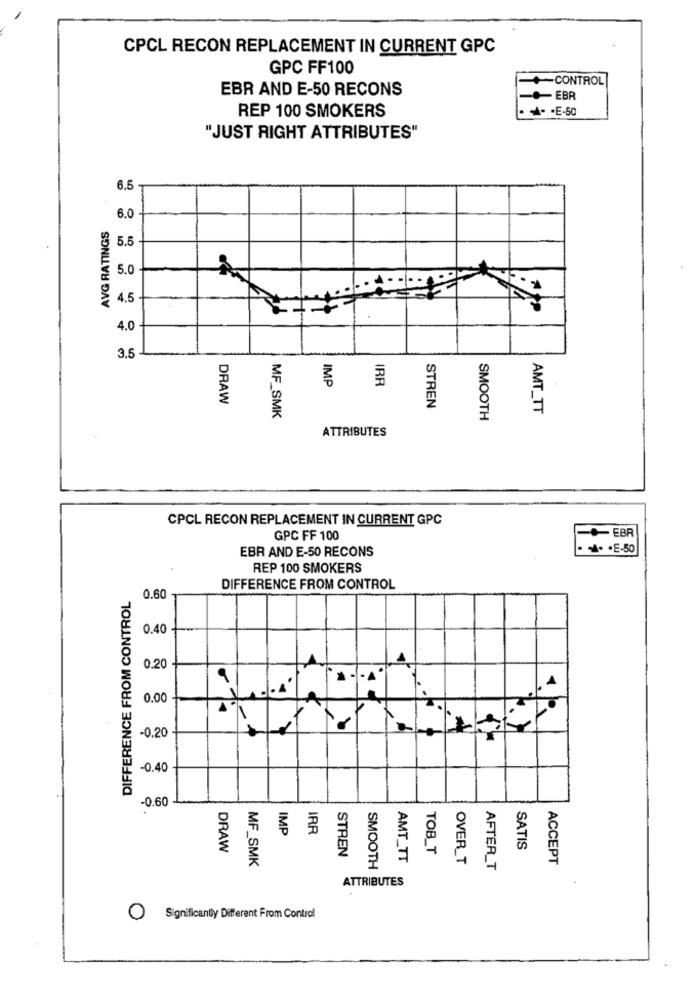
CPCL RECON REPLACEMENT IN CURRENT GPC
GPC FF100
-CONTROL
EBR AND E-50 RECONS
-- EBR
REP 100 SMOKERS
· · · E-50
"JUST RIGHT ATTRIBUTES"
6.5
6.0
AVG RATINGS
5.5
5.0
4.5-
4.0
3.5
IMP
IRR
DRAW
STREN
AMT_TT
MF_SMK
SMOOTH
ATTRIBUTES
CPCL RECON REPLACEMENT IN CURRENT GPC
GPC FF 100
-EBR
EBR AND E-50 RECONS
· ·· E-50
REP 100 SMOKERS
DIFFERENCE FROM CONTROL
DIFFERENCE FROM CONTROL
0.60
0.40
0.20
0.00
-0.20
-0.40
-0.60
IMP
IRR
DRAW
TOB_T
SATIS
MF_SMK
STREN
AMT_TT
OVER_T
ACCEPT
SMOOTH
AFTER_T
ATTRIBUTES
Significantly Different From Control